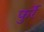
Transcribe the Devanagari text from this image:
फुर्रे